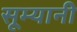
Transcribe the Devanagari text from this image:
सूम्‍यानी